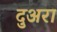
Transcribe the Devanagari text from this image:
दुअरा